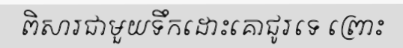
ពិសារជាមួយទឹកដោះគោជូរទេ ព្រោះ